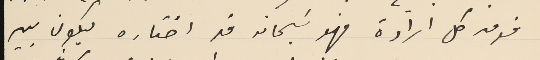
فوق كل إرادة فهو سَبحانه قد اختاره ليكون بين